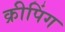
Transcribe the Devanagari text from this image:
क्रीपिंग